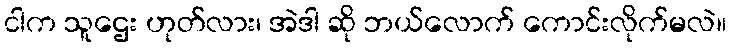
ငါက သူဌေး ဟုတ်လား၊ အဲဒါ ဆို ဘယ်လောက် ကောင်းလိုက်မလဲ။